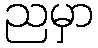
ညမှာ